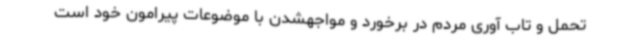
تحمل و تاب آوری مردم در برخورد و مواجهشدن با موضوعات پیرامون خود است